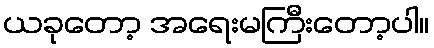
ယခုတော့ အရေးမကြီးတော့ပါ။